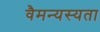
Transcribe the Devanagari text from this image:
वैमन्यस्यता